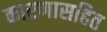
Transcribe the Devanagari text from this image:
कारणासहित